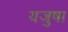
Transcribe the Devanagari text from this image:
यजुषा